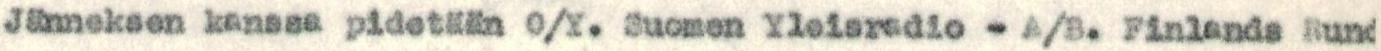
Jänneksen kanssa pidetään O/Y. Suomen Yleisradio -A/B. Finlands Rund